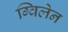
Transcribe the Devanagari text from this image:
ग्विलेन